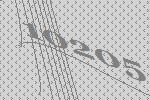
10205